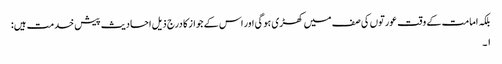
بلکہ امامت کے وقت عورتوں کی صف میں کھڑی ہو گی اور اس کے جواز کا درج ذیل احادیث پیش خدمت ہیں:
۱۔